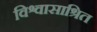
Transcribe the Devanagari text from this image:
विश्वासाश्रित